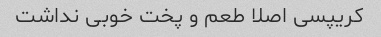
کریپسی اصلا طعم و پخت خوبی نداشت